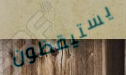
يستيقظون